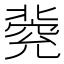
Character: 𠤦